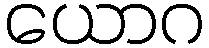
ယောဂ